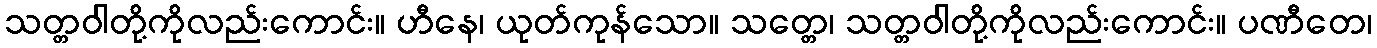
သတ္တဝါတို့ကိုလည်းကောင်း။ ဟီနေ၊ ယုတ်ကုန်သော။ သတ္တေ၊ သတ္တဝါတို့ကိုလည်းကောင်း။ ပဏီတေ၊